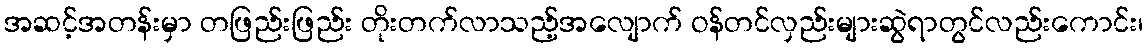
အဆင့်အတန်းမှာ တဖြည်းဖြည်း တိုးတက်လာသည့်အလျောက် ဝန်တင်လှည်းများဆွဲရာတွင်လည်းကောင်း၊